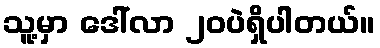
သူ့မှာ ဒေါ်လာ ၂၀ပဲရှိပါတယ်။